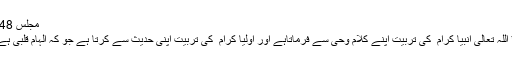
مجلس 48)
* اللہ تعالیٰ انبیا کرام ؑ کی تربیت اپنے کلامِ وحی سے فرماتاہے اور اولیا کرام ؒ کی تربیت اپنی حدیث سے کرتا ہے جو کہ الہامِ قلبی ہے۔